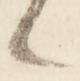
々